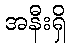
အနီးရှိ